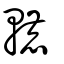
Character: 轆